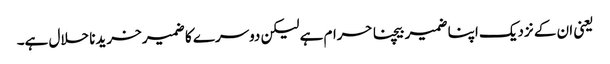
یعنی ان کے نزدیک اپنا ضمیر بیچنا حرام ہے لیکن دوسرے کا ضمیر خریدنا حلال ہے۔